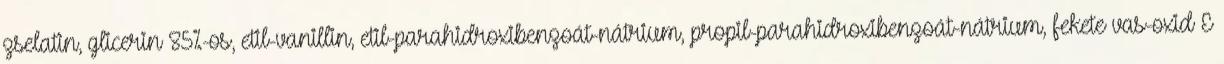
zselatin, glicerin 85%-os, etil-vanillin, etil-parahidroxibenzoát-nátrium, propil-parahidroxibenzoát-nátrium, fekete vas-oxid E